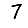
Digit: 7